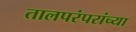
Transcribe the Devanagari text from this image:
तालपरंपरांच्या